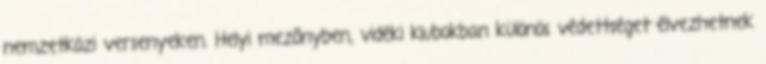
nemzetközi versenyeken. Helyi mezőnyben, vidéki klubokban különös védettséget élvezhetnek